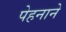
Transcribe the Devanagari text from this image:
पेहनाने